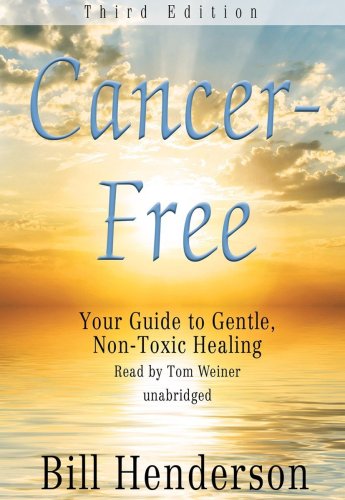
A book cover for Cancer-Free, Third Edition: Your Guide to Gentle, Non-toxic Healing (Library Edition); Bill Henderson; Cookbooks, Food & Wine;